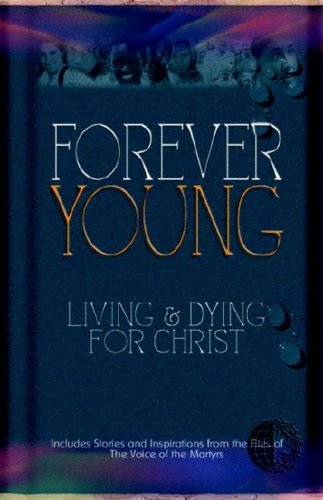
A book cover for Forever Young; Voice of the Martyrs; Teen & Young Adult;